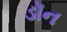
ડૉન